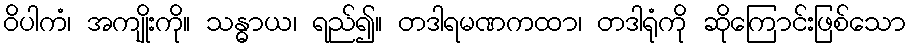
ဝိပါကံ၊ အကျိုးကို။ သန္ဓာယ၊ ရည်၍။ တဒါရမဏကထာ၊ တဒါရုံကို ဆိုကြောင်းဖြစ်သော